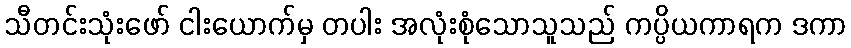
သီတင်းသုံးဖော် ငါးယောက်မှ တပါး အလုံးစုံသောသူသည် ကပ္ပိယကာရက ဒကာ